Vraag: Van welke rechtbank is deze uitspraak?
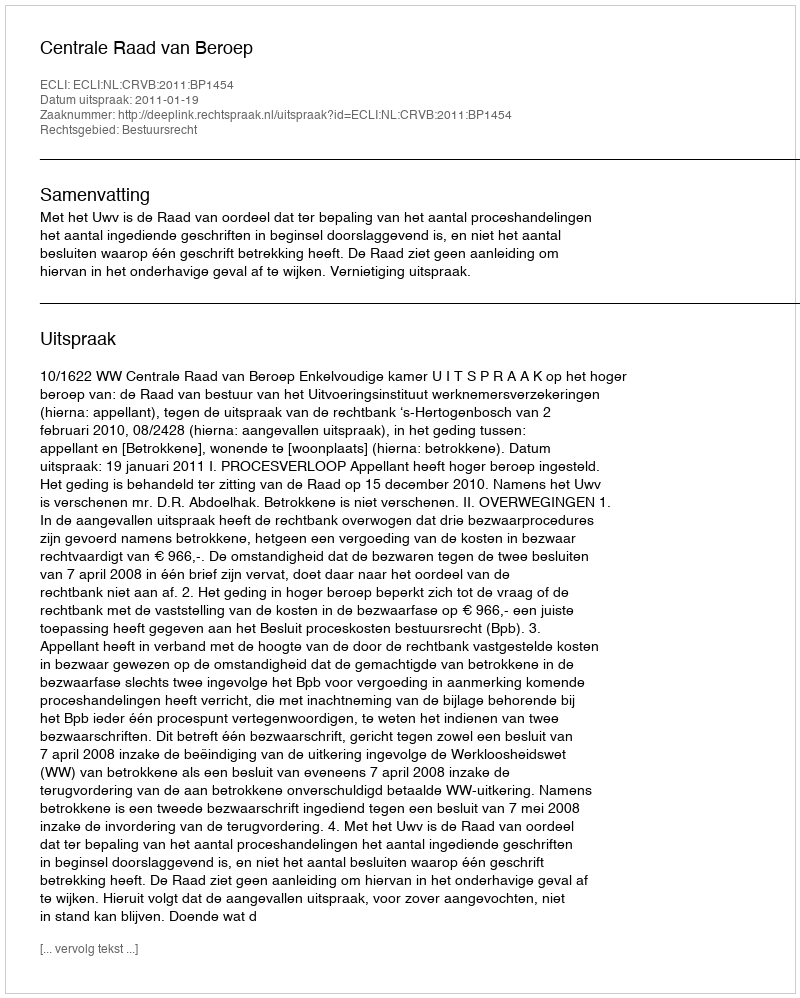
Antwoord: Centrale Raad van Beroep